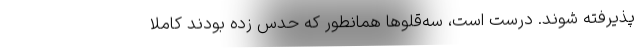
پذیرفته شوند. درست است، سه‌قلوها همانطور که حدس زده بودند کاملاً